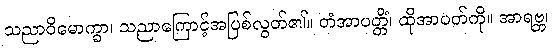
သညာဝိမောက္ခာ၊ သညာကြောင့်အပြစ်လွတ်၏။ တံအာပတ္တိံ၊ ထိုအာပတ်ကို။ အာရဗ္ဘ၊